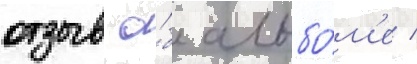
отзыв о́б альбо́м'е /